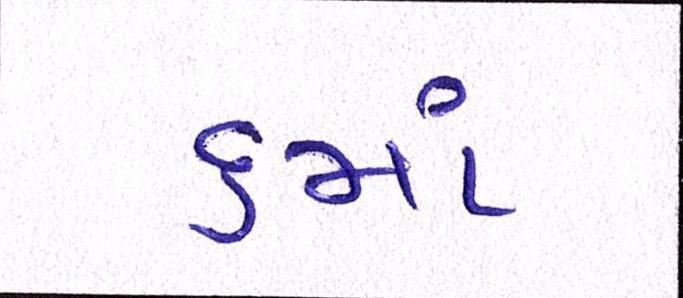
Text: ૬માં